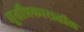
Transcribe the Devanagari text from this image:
मूर्तीप्रकारातील